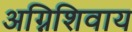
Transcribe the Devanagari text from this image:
अग्निशिवाय